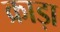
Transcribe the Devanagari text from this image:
क्राड़ा